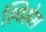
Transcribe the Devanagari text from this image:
स्पिसेस